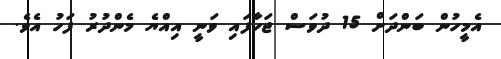
އެމީހުން ބަންދަށް 15 ދުވަސް ޖަހާފައި ވަނީ އިއްޔެ މެންދުރު ފަހު އެވެ.